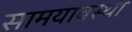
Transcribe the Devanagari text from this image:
सामयावस्था